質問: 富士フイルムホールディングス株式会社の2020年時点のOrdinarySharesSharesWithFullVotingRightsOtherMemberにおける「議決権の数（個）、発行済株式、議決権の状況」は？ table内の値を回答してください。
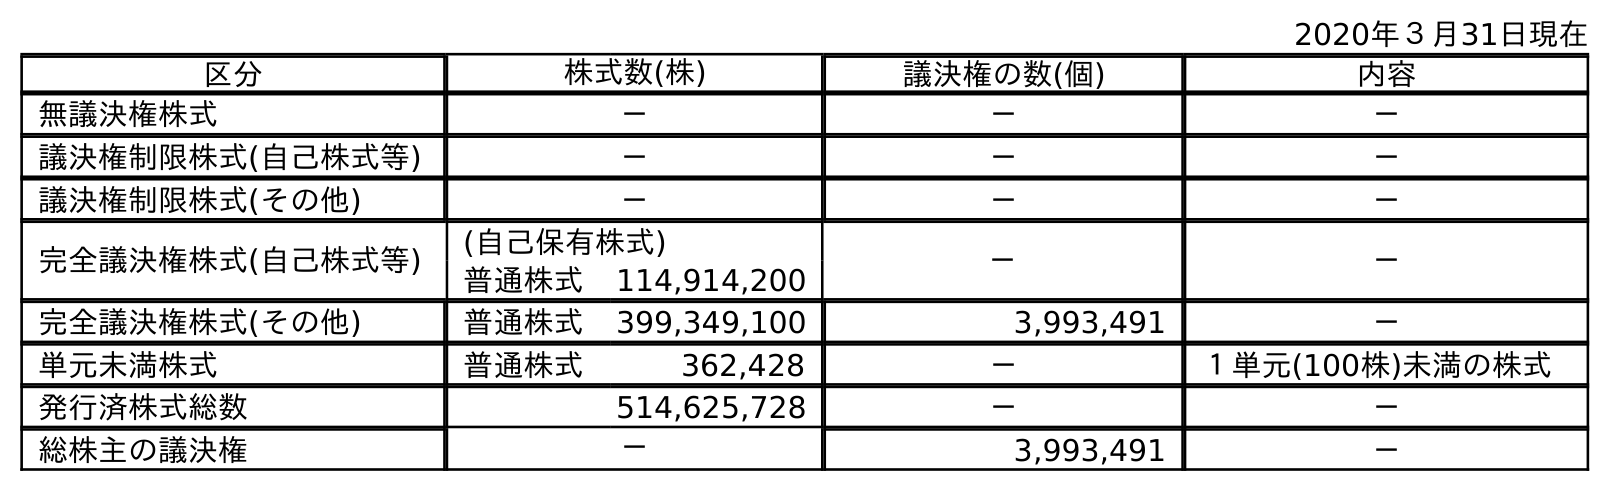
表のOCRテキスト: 2020年３月31日現在 区分 株式数(株) 議決権の数(個) 内容 無議決権株式 － － － 議決権制限株式(自己株式等) － － － 議決権制限株式(その他) － － － 完全議決権株式(自己株式等) (自己保有株式) － － 普通株式 114,914,200 完全議決権株式(その他) 普通株式 399,349,100 3,993,491 － 単元未満株式 普通株式 362,428 － １単元(100株)未満の株式 発行済株式総数 514,625,728 － － 総株主の議決権 － 3,993,491 －
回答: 3,993,491